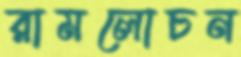
রামলোচন